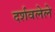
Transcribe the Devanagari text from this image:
दर्शवलेले